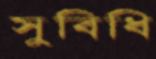
সুবিধি